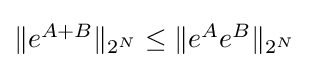
{\textstyle \|e^{A+B}\|_{2^{N}}\leq \|e^{A}e^{B}\|_{2^{N}}}